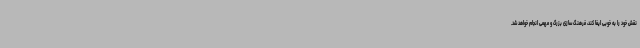
نقش خود را به خوبی ایفا کند، فرهنگ سازی بزرگ و مهمی انجام خواهد شد.